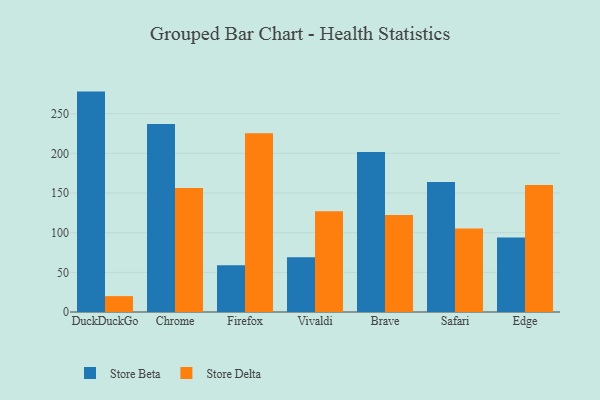
{"axis": {"x": "Browser", "y": "Waste Production (Tons)"}, "legend": ["Store Beta", "Store Delta"], "data": [{"x": "DuckDuckGo", "y": 277.8, "type": "Store Beta"}, {"x": "DuckDuckGo", "y": 20.0, "type": "Store Delta"}, {"x": "Chrome", "y": 237.0, "type": "Store Beta"}, {"x": "Chrome", "y": 156.4, "type": "Store Delta"}, {"x": "Firefox", "y": 58.8, "type": "Store Beta"}, {"x": "Firefox", "y": 225.3, "type": "Store Delta"}, {"x": "Vivaldi", "y": 69.0, "type": "Store Beta"}, {"x": "Vivaldi", "y": 127.0, "type": "Store Delta"}, {"x": "Brave", "y": 201.7, "type": "Store Beta"}, {"x": "Brave", "y": 122.4, "type": "Store Delta"}, {"x": "Safari", "y": 163.7, "type": "Store Beta"}, {"x": "Safari", "y": 105.4, "type": "Store Delta"}, {"x": "Edge", "y": 94.0, "type": "Store Beta"}, {"x": "Edge", "y": 160.0, "type": "Store Delta"}]}